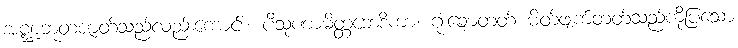
အဏ္ဍဘူတဇာတ်သည်လည်းကောင်း။ ပိသုဏာမိတ္တဘေဒိကာ၊ ဂုံးချောတတ် မိတ်ဖျက်တတ်သည်ကိုပြသော